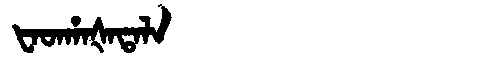
Manchu: ᡶᠠᡨᡥᠠᡧᠠᡨᠠᠯᠠ
Romanization: FATHAŠATALA